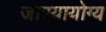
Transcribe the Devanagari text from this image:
जाण्यायोग्य